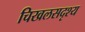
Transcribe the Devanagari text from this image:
चिखलसदृश्य